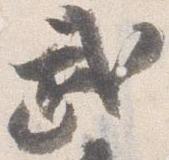
武